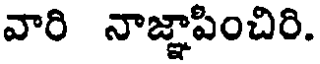
వారి నాజ్ఞాపించిరి.